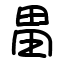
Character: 畕